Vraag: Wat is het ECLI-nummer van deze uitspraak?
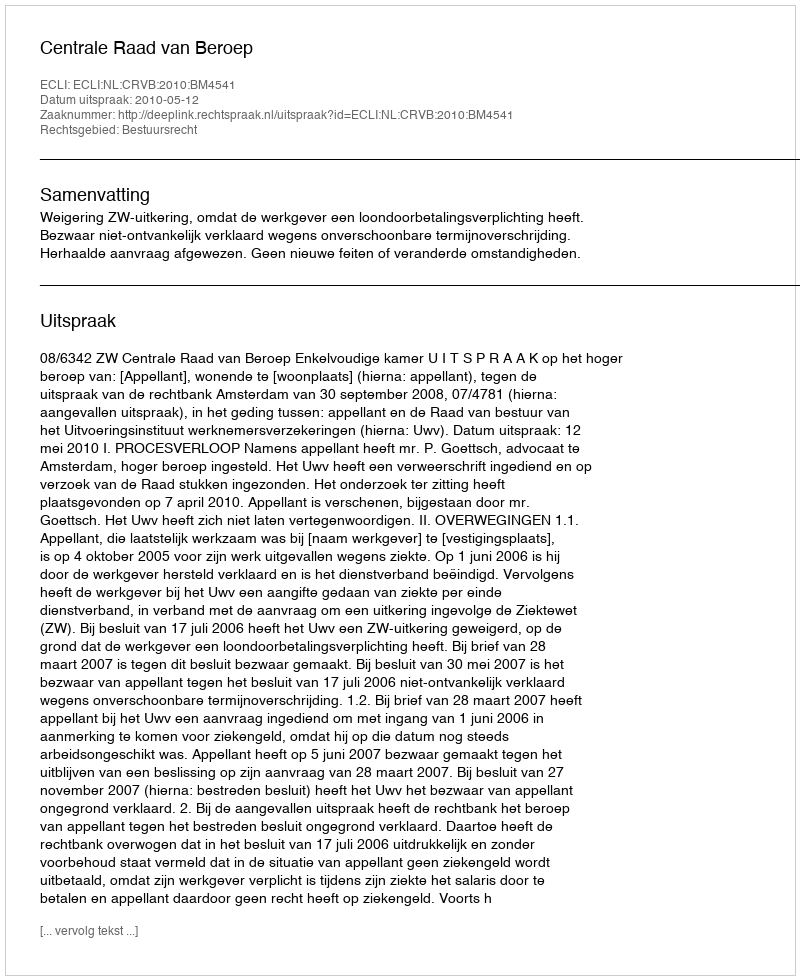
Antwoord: ECLI:NL:CRVB:2010:BM4541